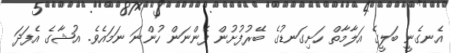
އެނގެނީ ބަލީގެ އަލާމާތް ހަށިގަނޑުގެ ބޭރުފުށުން ފެންނަން ހުންނަ ނަމައެވެ. އުޝާގެ އެފަދަ